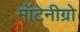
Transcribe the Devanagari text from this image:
मॉटेनीग्रो